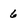
Character: 6